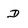
Character: D